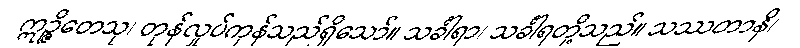
ဣဉ္ဇိတေသု၊ တုန်လှုပ်ကုန်သည်ရှိသော်။ သင်္ခါရာ၊ သင်္ခါရတို့သည်။ သဿတာနိ၊